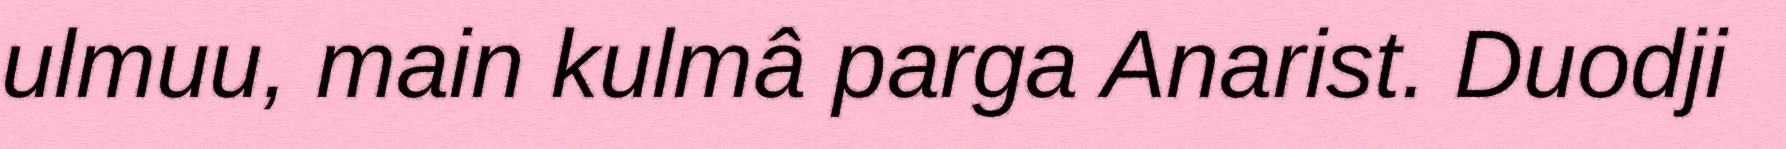
ulmuu, main kulmâ parga Anarist. Duodji